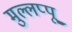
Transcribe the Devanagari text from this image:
मुल्लप्पू